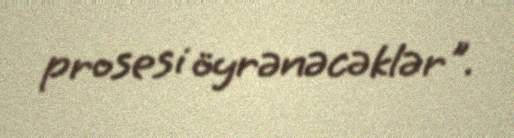
prosesi öyrənəcəklər".